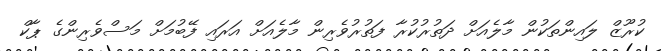
ކުރޫޒް ލައިންތަކުން މާލެއަށް ދަތުރުކުރާ ފަތުރުވެރިން މާލެއަށް އަރައި ފޭބުމަށް މަސްވެރިންގެ ޕާކް